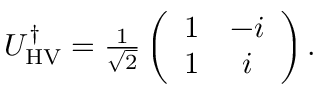
\begin{array} { r } { U _ { \mathrm { H V } } ^ { \dagger } = \frac { 1 } { \sqrt { 2 } } \left( \begin{array} { c c } { 1 } & { - i } \\ { 1 } & { i } \end{array} \right) . } \end{array}